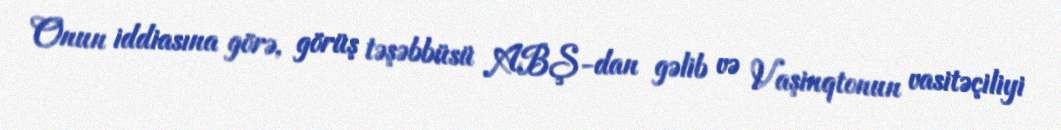
Onun iddiasına görə, görüş təşəbbüsü ABŞ-dan gəlib və Vaşinqtonun vasitəçiliyi